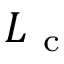
L _ { \mathrm { ~ c ~ } }